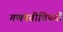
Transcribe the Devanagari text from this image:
गणपतीविषयी